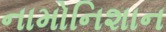
નામોનિશાન